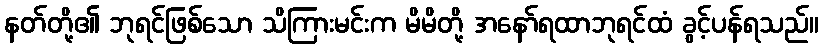
နတ်တို့၏ ဘုရင်ဖြစ်သော သိကြားမင်းက မိမိတို့ အနော်ရထာဘုရင်ထံ ခွင့်ပန်ရသည်။